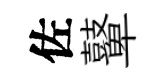
佐鼙